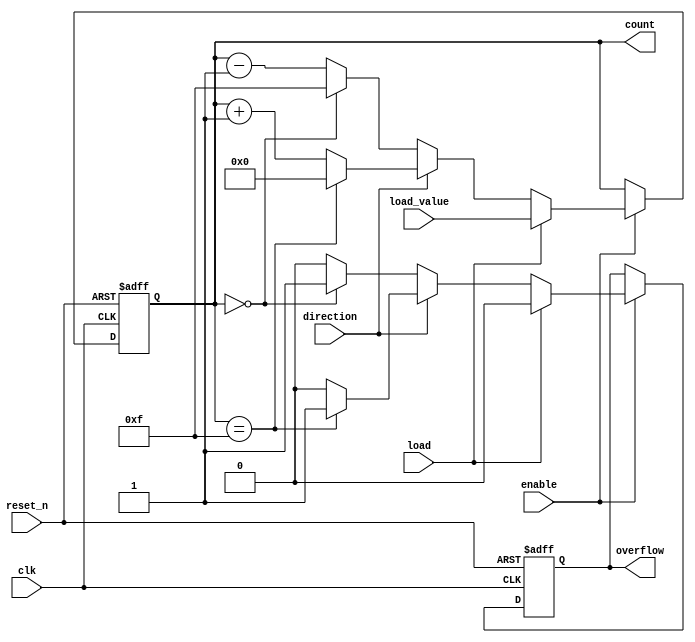
module synchronous_counter (
    input wire clk,          // Clock input
    input wire reset_n,      // Active low asynchronous reset
    input wire enable,       // Enable signal
    input wire load,         // Load signal
    input wire [3:0] load_value, // Value to load into the counter
    input wire direction,     // Direction control (1 for up, 0 for down)
    output reg [3:0] count,   // 4-bit count output
    output reg overflow       // Overflow flag
);

    // Maximum count value for a 4-bit counter
    localparam MAX_COUNT = 4'b1111;

    // Synchronous counter logic
    always @(posedge clk or negedge reset_n) begin
        if (!reset_n) begin
            count <= 4'b0000; // Reset counter to 0
            overflow <= 1'b0; // Clear overflow flag
        end else if (enable) begin
            if (load) begin
                count <= load_value; // Load predefined value
                overflow <= 1'b0; // Clear overflow flag
            end else begin
                if (direction) begin
                    // Counting up
                    if (count == MAX_COUNT) begin
                        count <= 4'b0000; // Reset to 0 on overflow
                        overflow <= 1'b1; // Set overflow flag
                    end else begin
                        count <= count + 1; // Increment count
                        overflow <= 1'b0; // Clear overflow flag
                    end
                end else begin
                    // Counting down
                    if (count == 4'b0000) begin
                        count <= MAX_COUNT; // Wrap around to MAX_COUNT
                        overflow <= 1'b1; // Set overflow flag
                    end else begin
                        count <= count - 1; // Decrement count
                        overflow <= 1'b0; // Clear overflow flag
                    end
                end
            end
        end
    end

endmodule